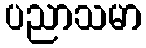
ပညာသမာ